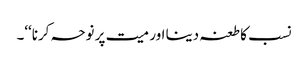
نسب کا طعنہ دینا اور میت پر نوحہ کرنا‘‘۔